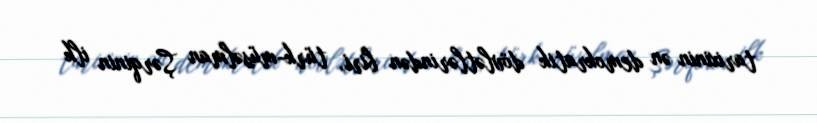
tarixinin ən demokratik dövlətlərindən biri, türk-müsəlman Şərqinin ilk